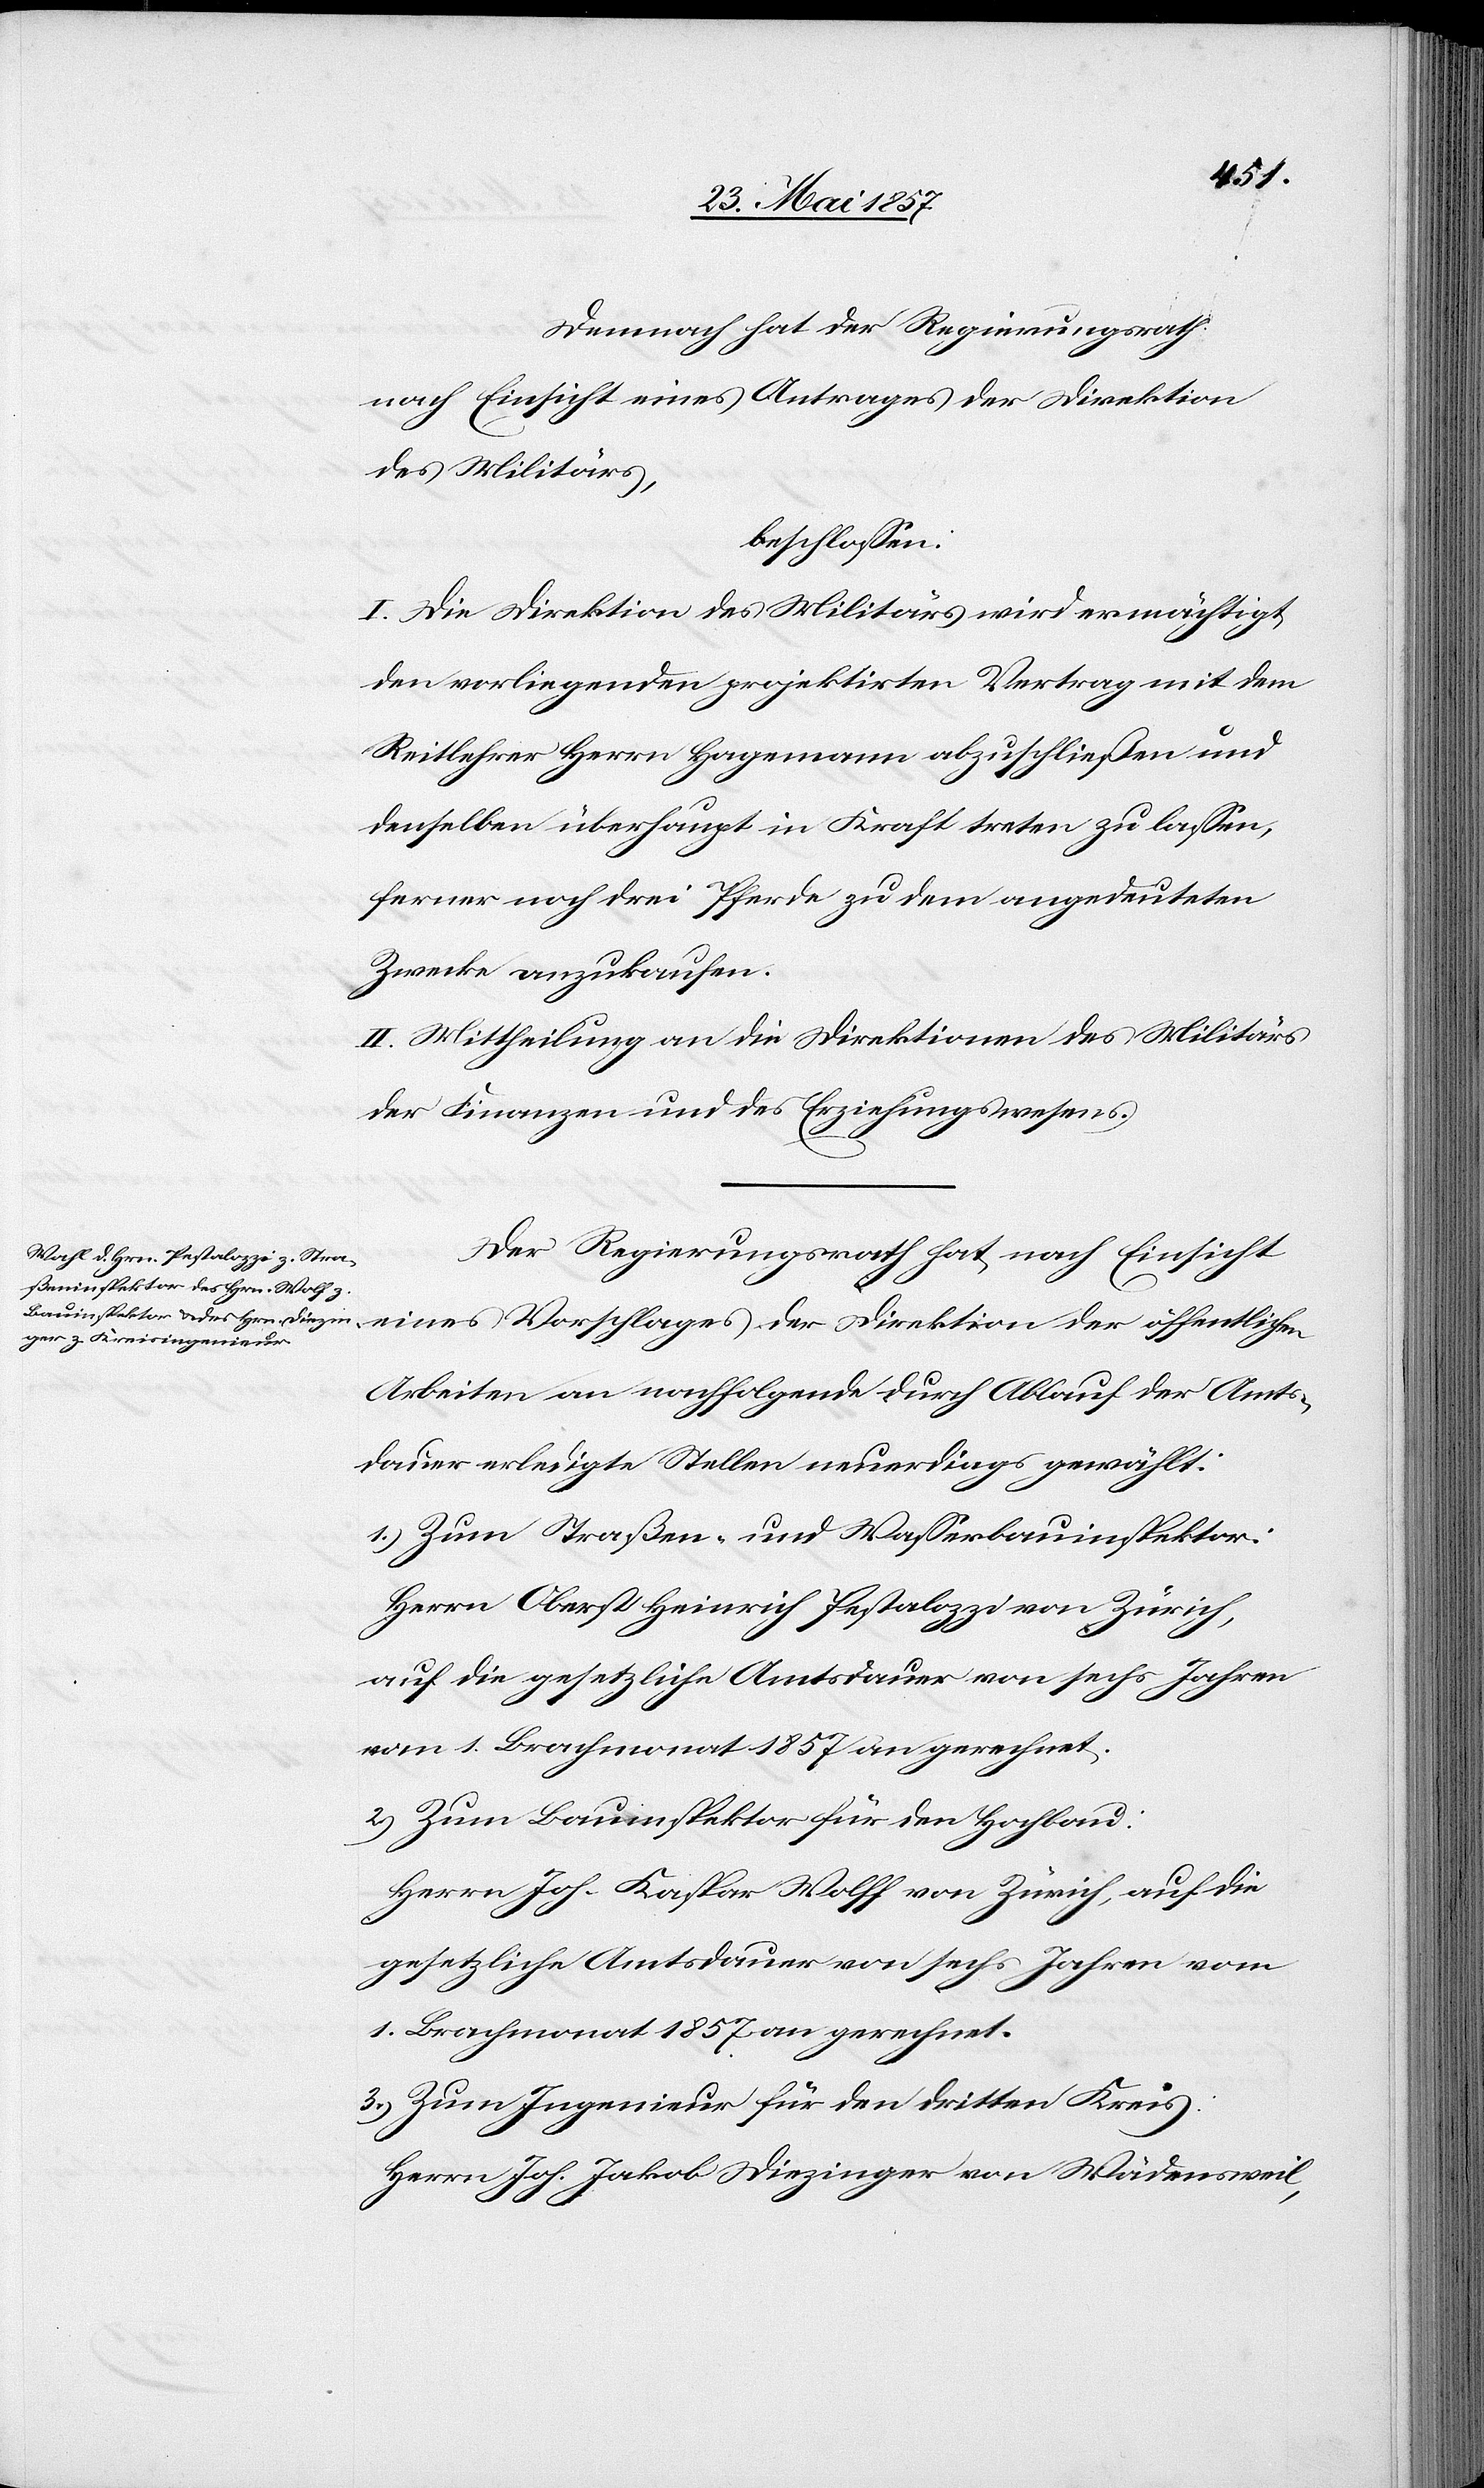
Demnach hat der Regierungsrath
nach Einsicht eines Antrages der Direktion
des Militärs,
beschlossen:
I. Die Direktion des Militärs wird ermächtigt
den vorliegenden projektirten Vertrag mit dem
Reitlehrer Herrn Hagemann abzuschließen und
denselben überhaupt in Kraft treten zu lassen,
ferner noch drei Pferde zu dem angedeuteten
Zwecke anzukaufen.
II. Mittheilung an die Direktionen des Militärs,
der Finanzen und des Erziehungswesens.
Der Regierungsrath hat nach Einsicht
Arbeiten an nachfolgende durch Ablauf der Amts¬
dauer erledigte Stellen neuerdings gewählt:
1.) Zum Straßen- und Wasserbauinspektor:
Herrn Oberst Heinrich Pestalozzi von Zürich,
auf die gesetzliche Amtsdauer von sechs Jahren
vom 1 Brachmonat 1857 an gerechnet.
2.) Zum Bauinspektor für den Hochbau:
Herrn Joh. Kaspar Wolff [sic!] von Zürich, auf die
gesetzliche Amtsdauer von sechs Jahren vom
1 Brachmonat 1857 an gerechnet.
3.) Zum Ingenieur für den dritten Kreis:
Herrn Joh. Jakob Diezinger von Wädensweil,